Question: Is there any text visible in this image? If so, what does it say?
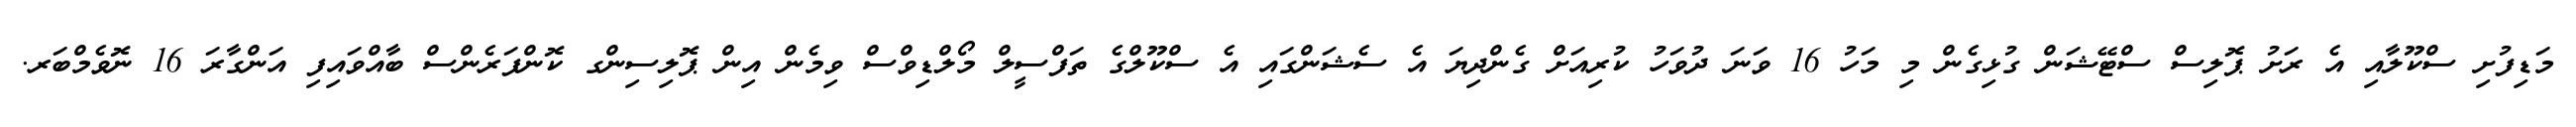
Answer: މަޑިފުށި ސްކޫލާއި އެ ރަށު ޕޮލިސް ސްޓޭޝަން ގުޅިގެން މި މަހު 16 ވަނަ ދުވަހު ކުރިއަށް ގެންދިޔަ އެ ސެޝަންގައި އެ ސްކޫލްގެ ތަފްސީލް މޯލްޑިވްސް ވިމެން އިން ޕޮލިސިންގ ކޮންފަރެންސް ބާއްވައިފި އަންގާރަ 16 ނޮވެމްބަރ.